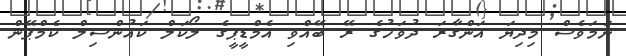
ނަމަވެސް މިދިޔަ އަންގާރަ ދުވަހުގެ ރޭ ބޭއްވި އެމްޑީޕީގެ ލޯކަލް ކައުންސިލް ކެމްޕޭން